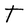
Character: T